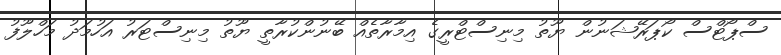
ސްޕޯޓްސް ކޯޕަރޭޝަނުން ޔޫތު މިނިސްޓްރީގެ އިމާރާތެއް ބޭނުންކުރާތީ ޔޫތު މިނިސްޓަރު އަހުމަދު މަހްލޫފު